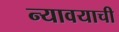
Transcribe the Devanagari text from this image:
न्यावयाची